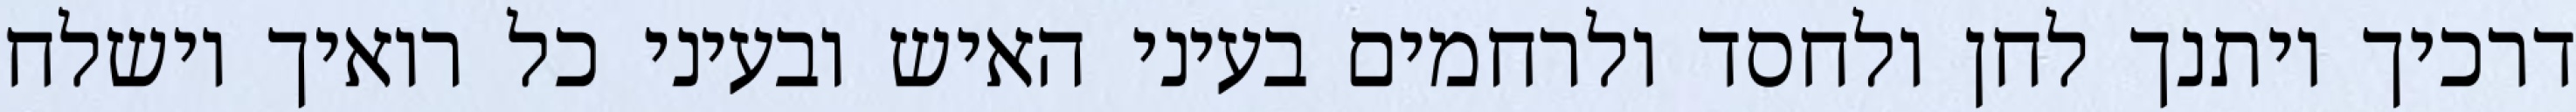
דרכיך ויתנך לחן ולחסד ולרחמים בעיני האיש ובעיני כל רואיך וישלח